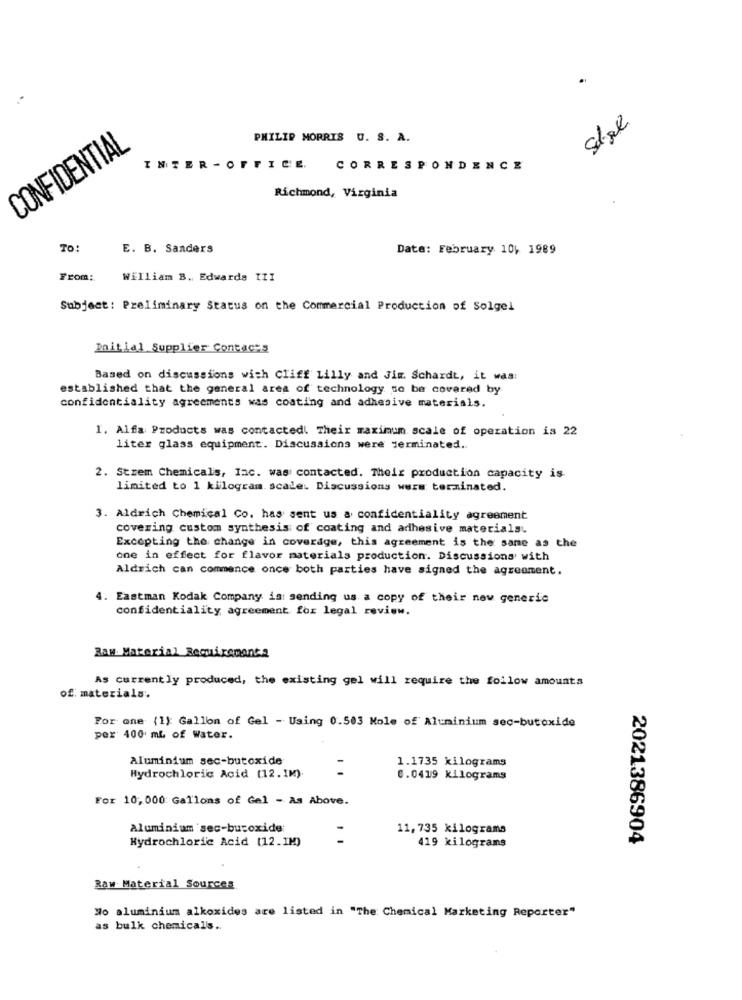
Stel
PHILIP MORRIS U. S. A.
CONFIDENTIAL
INTER -OFFICE.
CORRESPONDENCE
Richmond, Virginia
TO:
E. B. Sanders
Date: February 10, 1989
From:
William B. Edwards III
Subject: Preliminary Status on the Commercial Production of Solgel
Initial Supplier Contacts
Based on discussions with Cliff Lilly and Jim. Schardt, it was:
established that the general area of technology to be covered by
confidentiality agreements was coating and adhesive materials.
I. Alfa Products was contactedi Their maximum scale of operation is 22
liter glass equipment. Discussions were derminated.
2. Strem Chemicals, Iac. was contacted. Their production capacity is
limited to 1 kilogram. scale. Discussions wers terminated.
3. Aldrich Chemical Co. has sent us a confidentiality agreement
covering custom synthesis of coating and adhesive materials.
Excepting the change in coverage, this agreement is the same as the
one in effect for flavor materials production. Discussions with
Aldrich can commence once both parties have signed the agreement.
4. Eastman Kodak Company is: sending us a copy of their new generic
confidentiality agreement for legal review.
Raw Material Requirementa
As currently produced, the existing gel will require the follow amounts
of materials.
For one (1): Gallon of Gel - Using 0.503 Mole of Aluminium sec-butoxide
per 400 ml of Water.
Aluminium sec-butoxide
1.1735 kilograms
. .
Hydrochloric Acid (12.1M).
0.0419 Kilograms
For 10, 000 Gallons of Gel - As Above.
Aluminium sec-buroxide:
11, 735 kilograms
Hydrochloric Acid (12.1M)
2021386904
419 kilograms
Raw Material Sources
No aluminium alkoxides are listed in "The Chemical Marketing Reporter"
as bulk chemicals ..